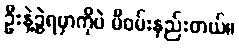
ဦးနဲ့ခွဲရမှာကိုပဲ မီဝမ်းနည်းတယ်။